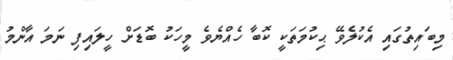
މިބައިތުގައި އެކުލެވޭ ޙިކުމަތަކީ ކޮބާ ހެއްޔެވެ މީހަކު ބޮޑަށް ހީލައިފި ނަމަ އާންމު